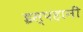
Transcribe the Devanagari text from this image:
इस्पहानी